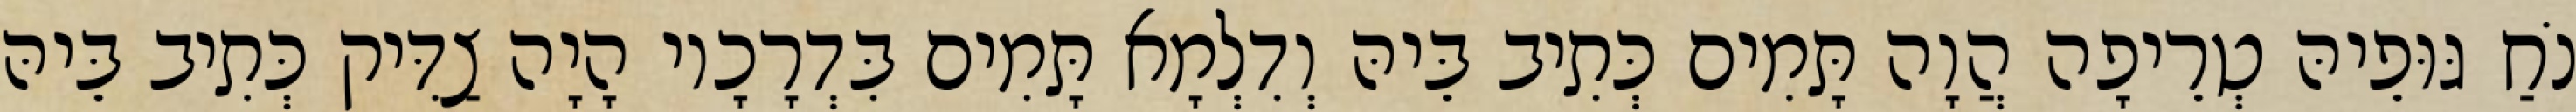
נֹחַ גּוּפֵיהּ טְרֵיפָה הֲוָה תָּמִים כְּתִיב בֵּיהּ וְדִלְמָא תָּמִים בִּדְרָכָיו הָיָה צַדִּיק כְּתִיב בֵּיהּ